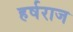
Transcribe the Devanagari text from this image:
हर्षराज